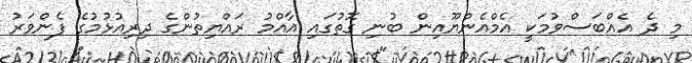
މި ދެ އެއްބަސްވުމަކީ އެމްއެންޔޫއިން ބުނި ގޮތުގައި އާއްމު ރައްޔިތުންގެ ދިރިއުޅުމުގެ ފެންވަރު